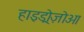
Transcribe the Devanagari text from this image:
हाइड्रोज़ोओ